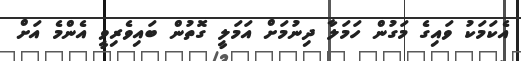
އެކަމަކު ވައިގެ މަގުން ހަމަލާ ދިނުމަށް އަމަލީ ގޮތުން ބައިވެރިވީ އެންމެ އަށް